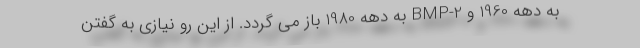
به دهه 1960 و BMP-2 به دهه 1980 باز می گردد. از این رو نیازی به گفتن